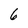
Character: 6